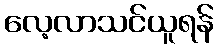
လေ့လာသင်ယူရန်